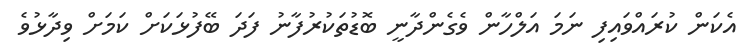
އެކަން ކުރައްވައިފި ނަމަ އަލްހާން ވެގެންދާނީ ބޮޑުތަކުރުފާނު ފަދަ ބޭފުޅަކަށް ކަމަށް ވިދާޅުވެ